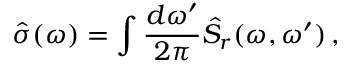
\hat { \sigma } ( \omega ) = \int \frac { d \omega ^ { \prime } } { 2 \pi } \hat { S } _ { r } ( \omega , \omega ^ { \prime } ) \, ,